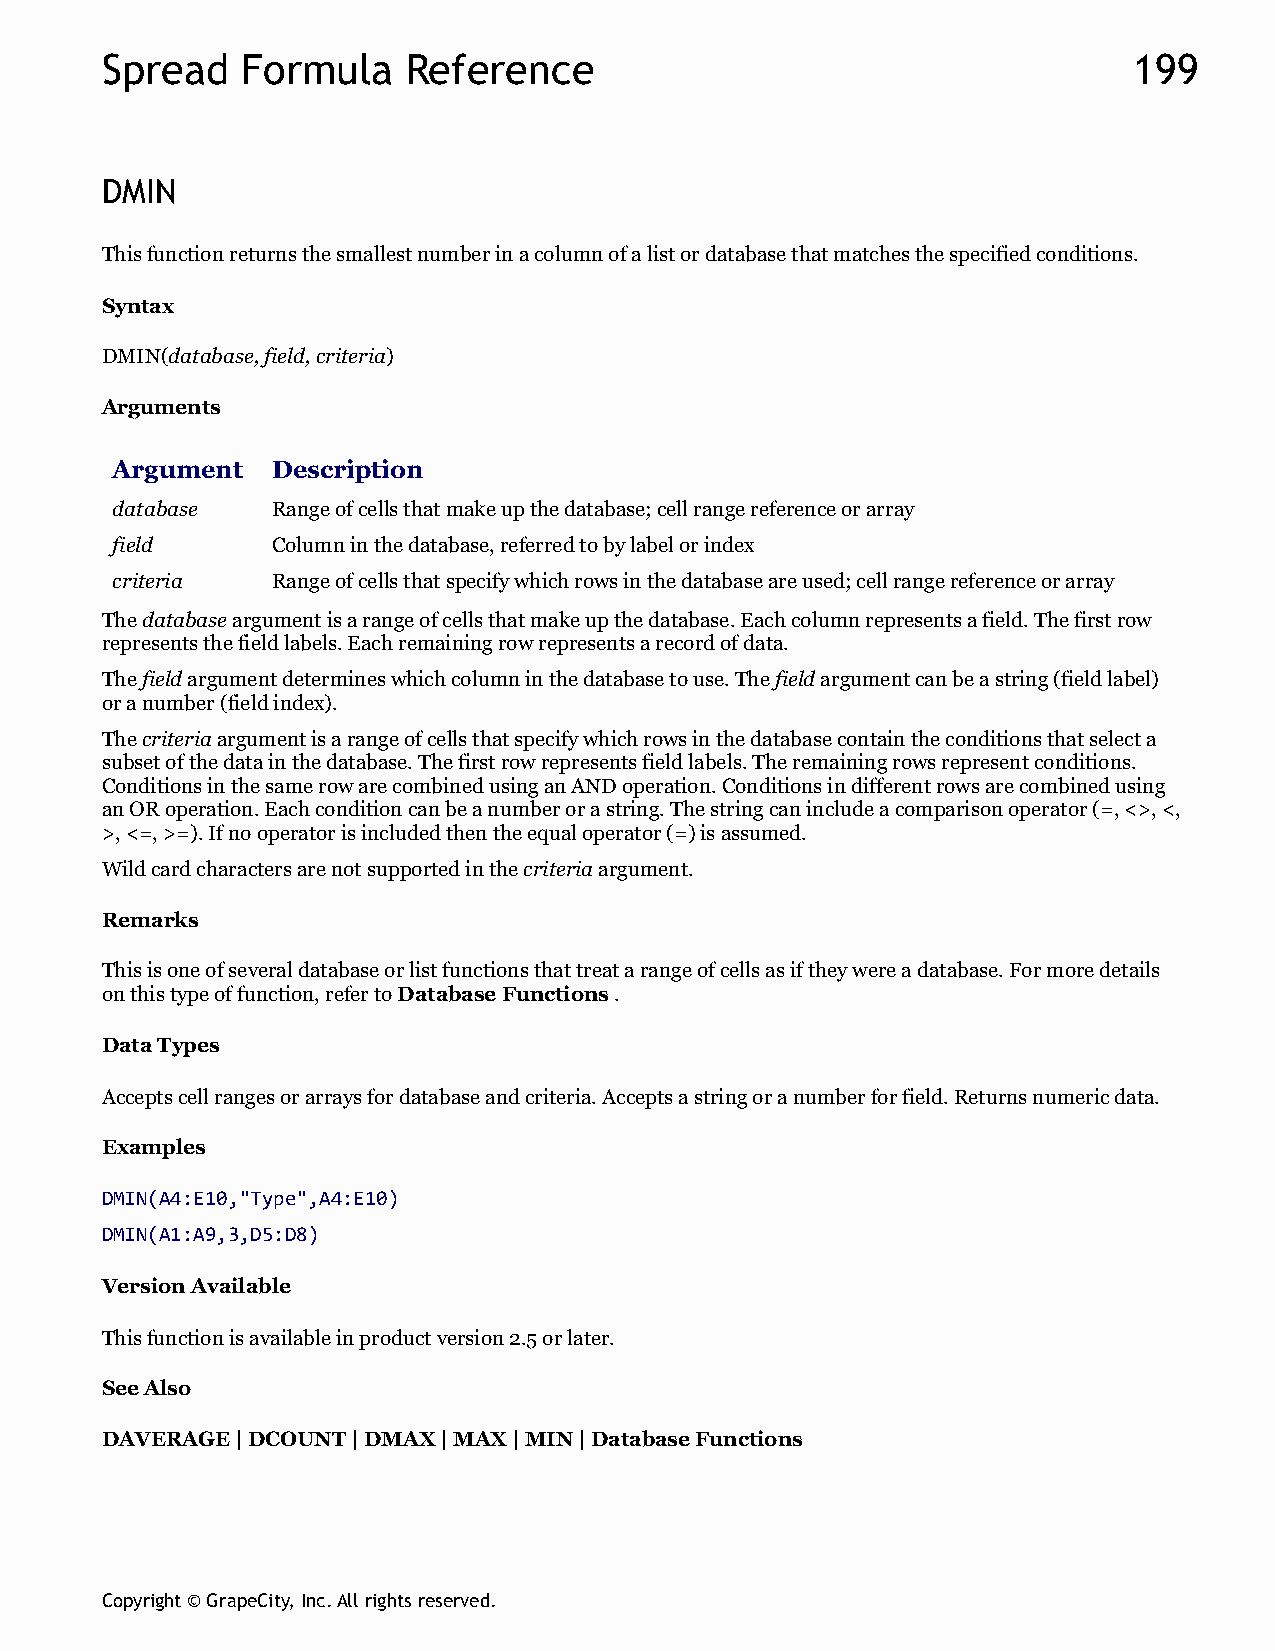
Spread   Formula    Reference                                       199
 DMIN
 This function returns the smallest number in a column of a list or database that matches the specified conditions.
 Syntax
 DMIN(database, field, criteria)
 Arguments
 Argument   Description
 database   Range of cells that make up the database; cell range reference or array
 field      Column in the database, referred to by label or index
 criteria   Range of cells that specify which rows in the database are used; cell range reference or array
 The database argument is a range of cells that make up the database. Each column represents a field. The first row
 represents the field labels. Each remaining row represents a record of data.
 The field argument determines which column in the database to use. The field argument can be a string (field label)
 or a number (field index).
 The criteria argument is a range of cells that specify which rows in the database contain the conditions that select a
 subset of the data in the database. The first row represents field labels. The remaining rows represent conditions.
 Conditions in the same row are combined using an AND operation. Conditions in different rows are combined using
 an OR operation. Each condition can be a number or a string. The string can include a comparison operator (=, <>, <,
 >, <=, >=). If no operator is included then the equal operator (=) is assumed.
 Wild card characters are not supported in the criteria argument.
 Remarks
 This is one of several database or list functions that treat a range of cells as if they were a database. For more details
 on this type of function, refer to Database Functions .
 Data Types
 Accepts cell ranges or arrays for database and criteria. Accepts a string or a number for field. Returns numeric data.
 Examples
 DMIN(A4:E10,"Type",A4:E10)
 DMIN(A1:A9,3,D5:D8)
 Version Available
 This function is available in product version 2.5 or later.
 See Also
 DAVERAGE | DCOUNT | DMAX | MAX | MIN | Database Functions
 Copyright © GrapeCity, Inc. All rights reserved.